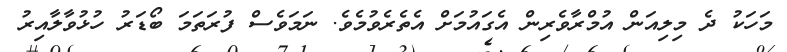
މަހަކު ދެ މިލިއަން އުމްރާވެރިން އެގައުމަށް އެތެރެވުމެވެ. ނަމަވެސް ފުރަތަމަ ބޯޑަރު ހުޅުވާލާއިރު